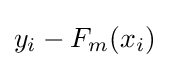
y_{i}-F_{m}(x_{i})